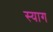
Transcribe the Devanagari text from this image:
स्याग